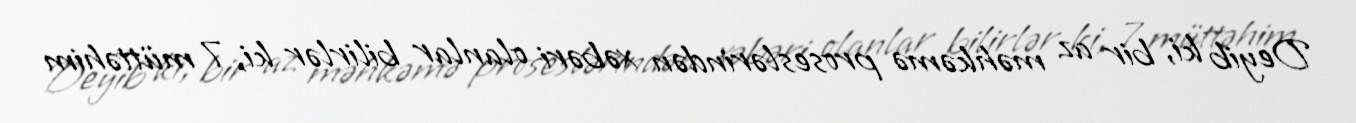
Deyib ki, bir az məhkəmə proseslərindən xəbəri olanlar bilirlər ki, 7 müttəhim